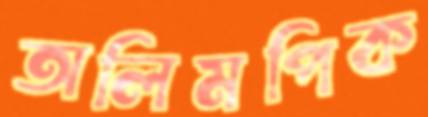
অলিমপিক